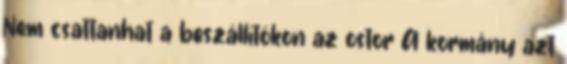
Nem csattanhat a beszállítókon az ostor A kormány azt